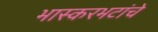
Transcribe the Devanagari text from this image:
भास्करभटांचे